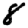
Digit: 8